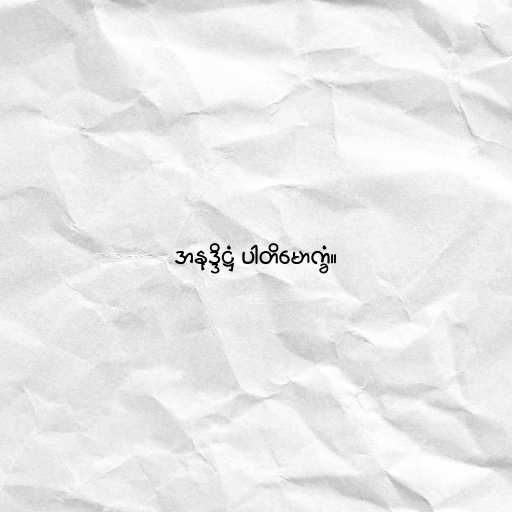
အနုဒ္ဒိဋ္ဌံ ပါတိမောက္ခံ။